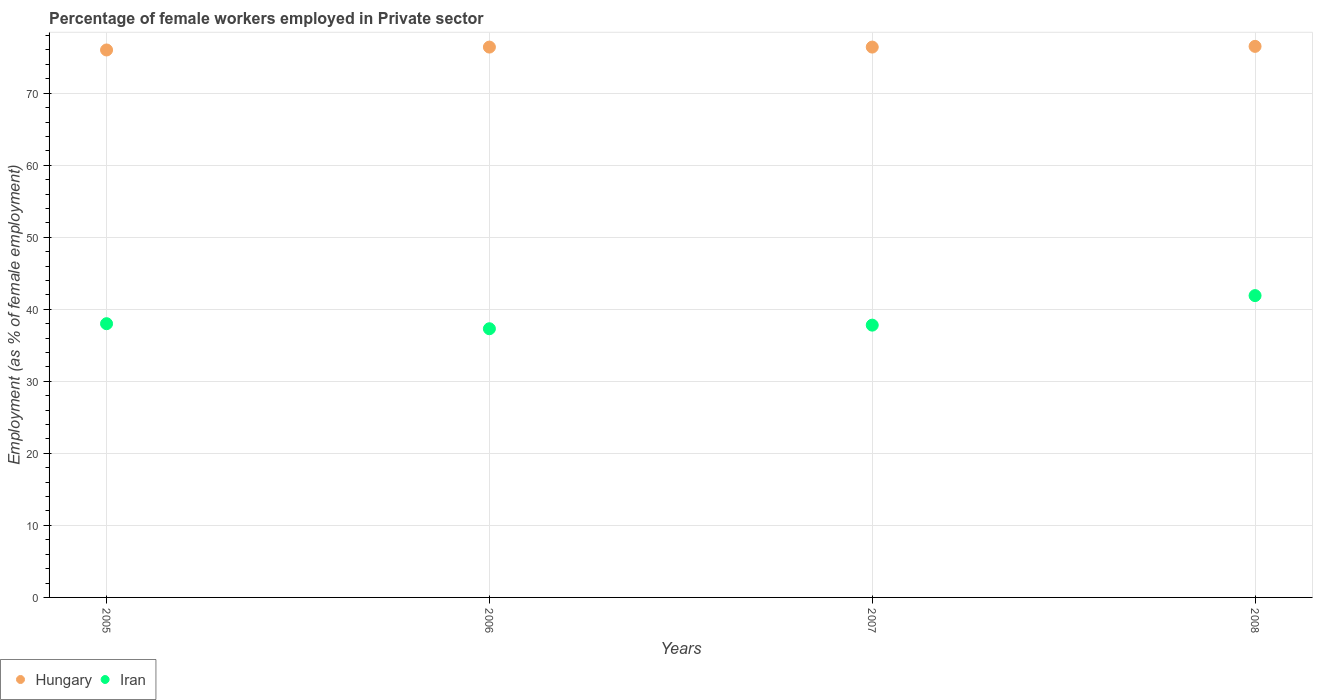
| Years | Hungary | Iran |
 | --- | --- | --- |
 | 2005 | 76 | 38 |
 | 2006 | 76.4 | 37.3 |
 | 2007 | 76.4 | 37.8 |
 | 2008 | 76.5 | 41.9 |